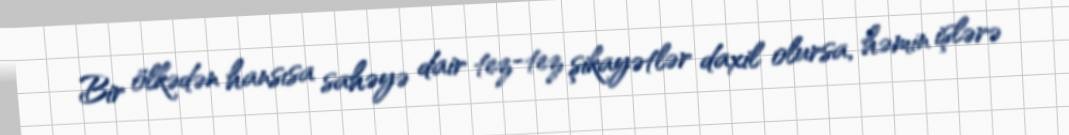
Bir ölkədən hansısa sahəyə dair tez-tez şikayətlər daxil olursa, həmin işlərə